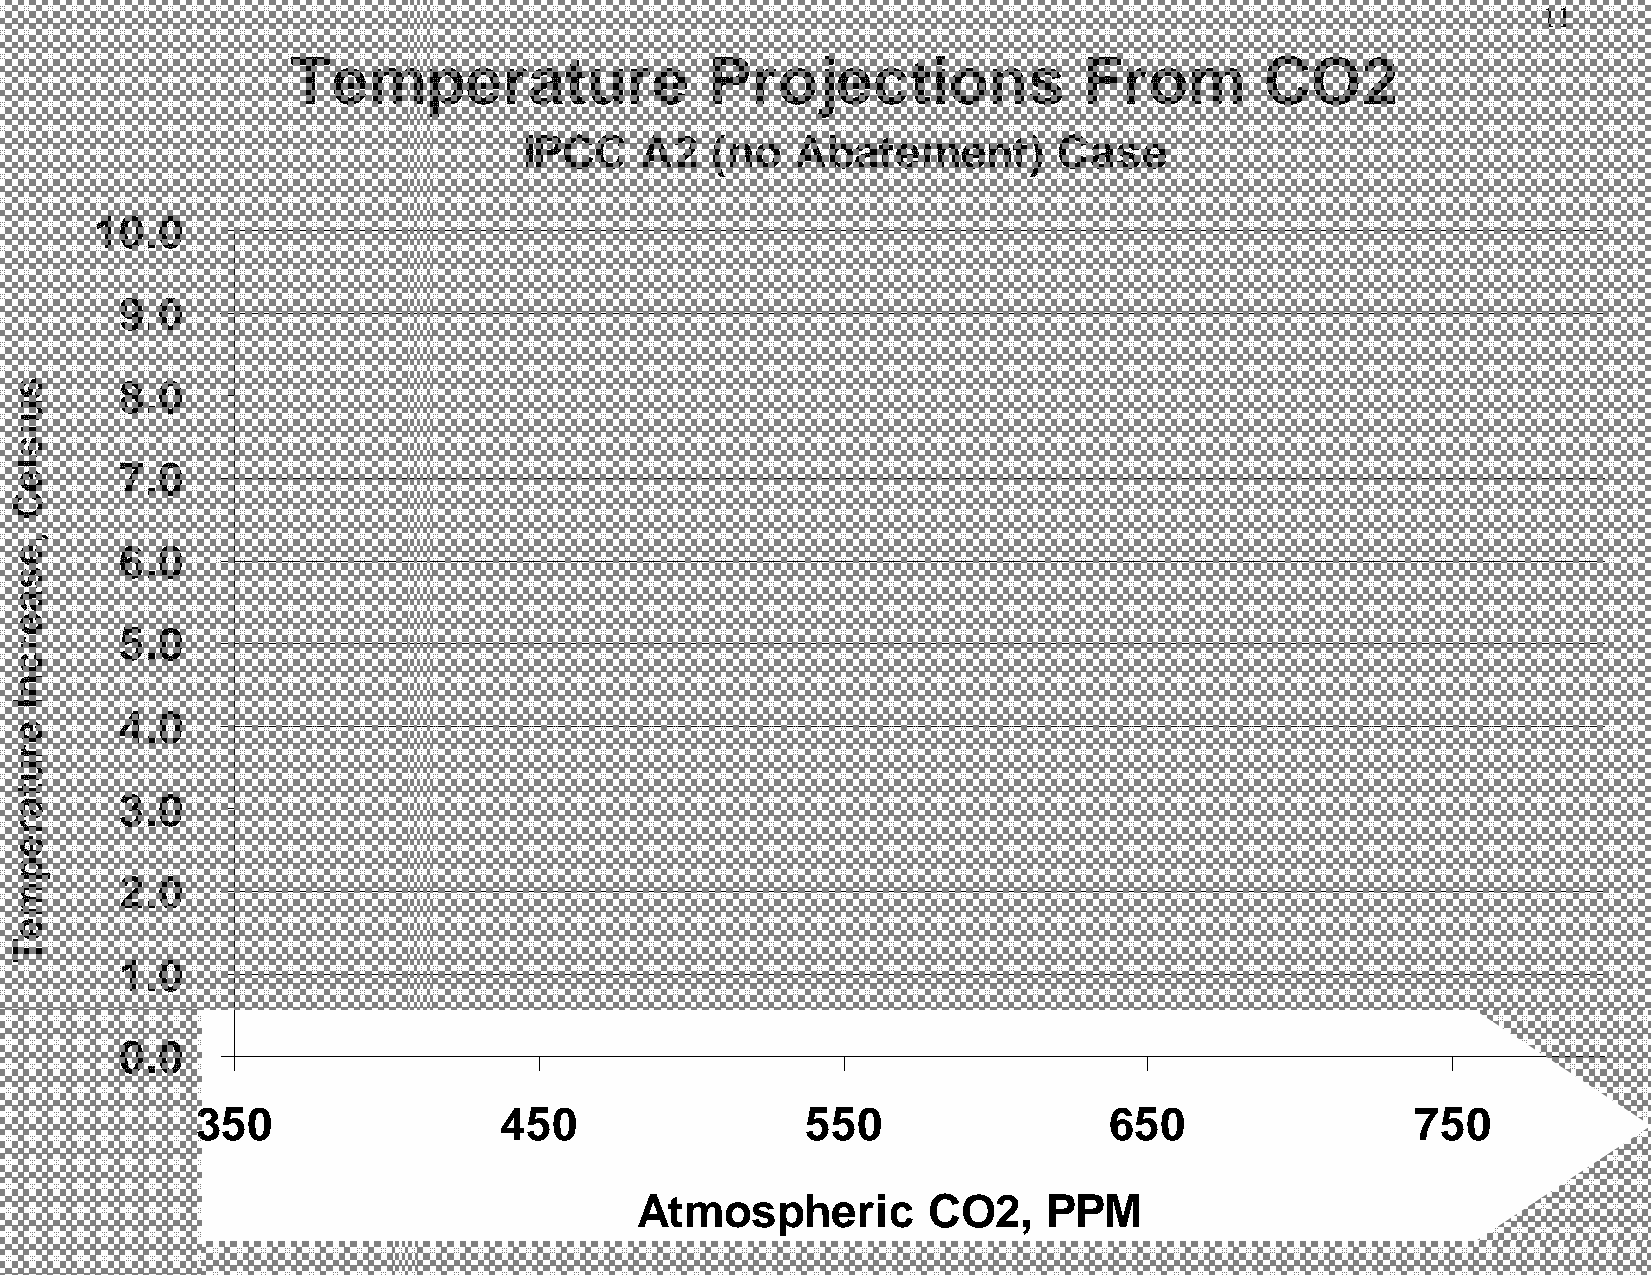
11
 Temperature                 Projections              From        CO2
 IPCC   A2   (no   Abatement)       Case
 10.0
 9.0
 8.0
 7.0
 6.0
 5.0
 4.0
 3.0
 2.0
 1.0
 0.0
 350                 450                 550                 650                  750
 Atmospheric        CO2,    PPM
 suisleC
 ,esaercnI
 erutarepmeT